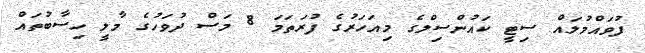
ފުވައްމުލައް ސިޓީ ކައުންސިލްގެ މިއަހަރުގެ ފުރަތަމަ 8 މަސް ދުވަހުގެ މާލީ ހިސާބުތައް